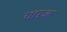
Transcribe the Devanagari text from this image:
चारक